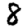
Digit: 8